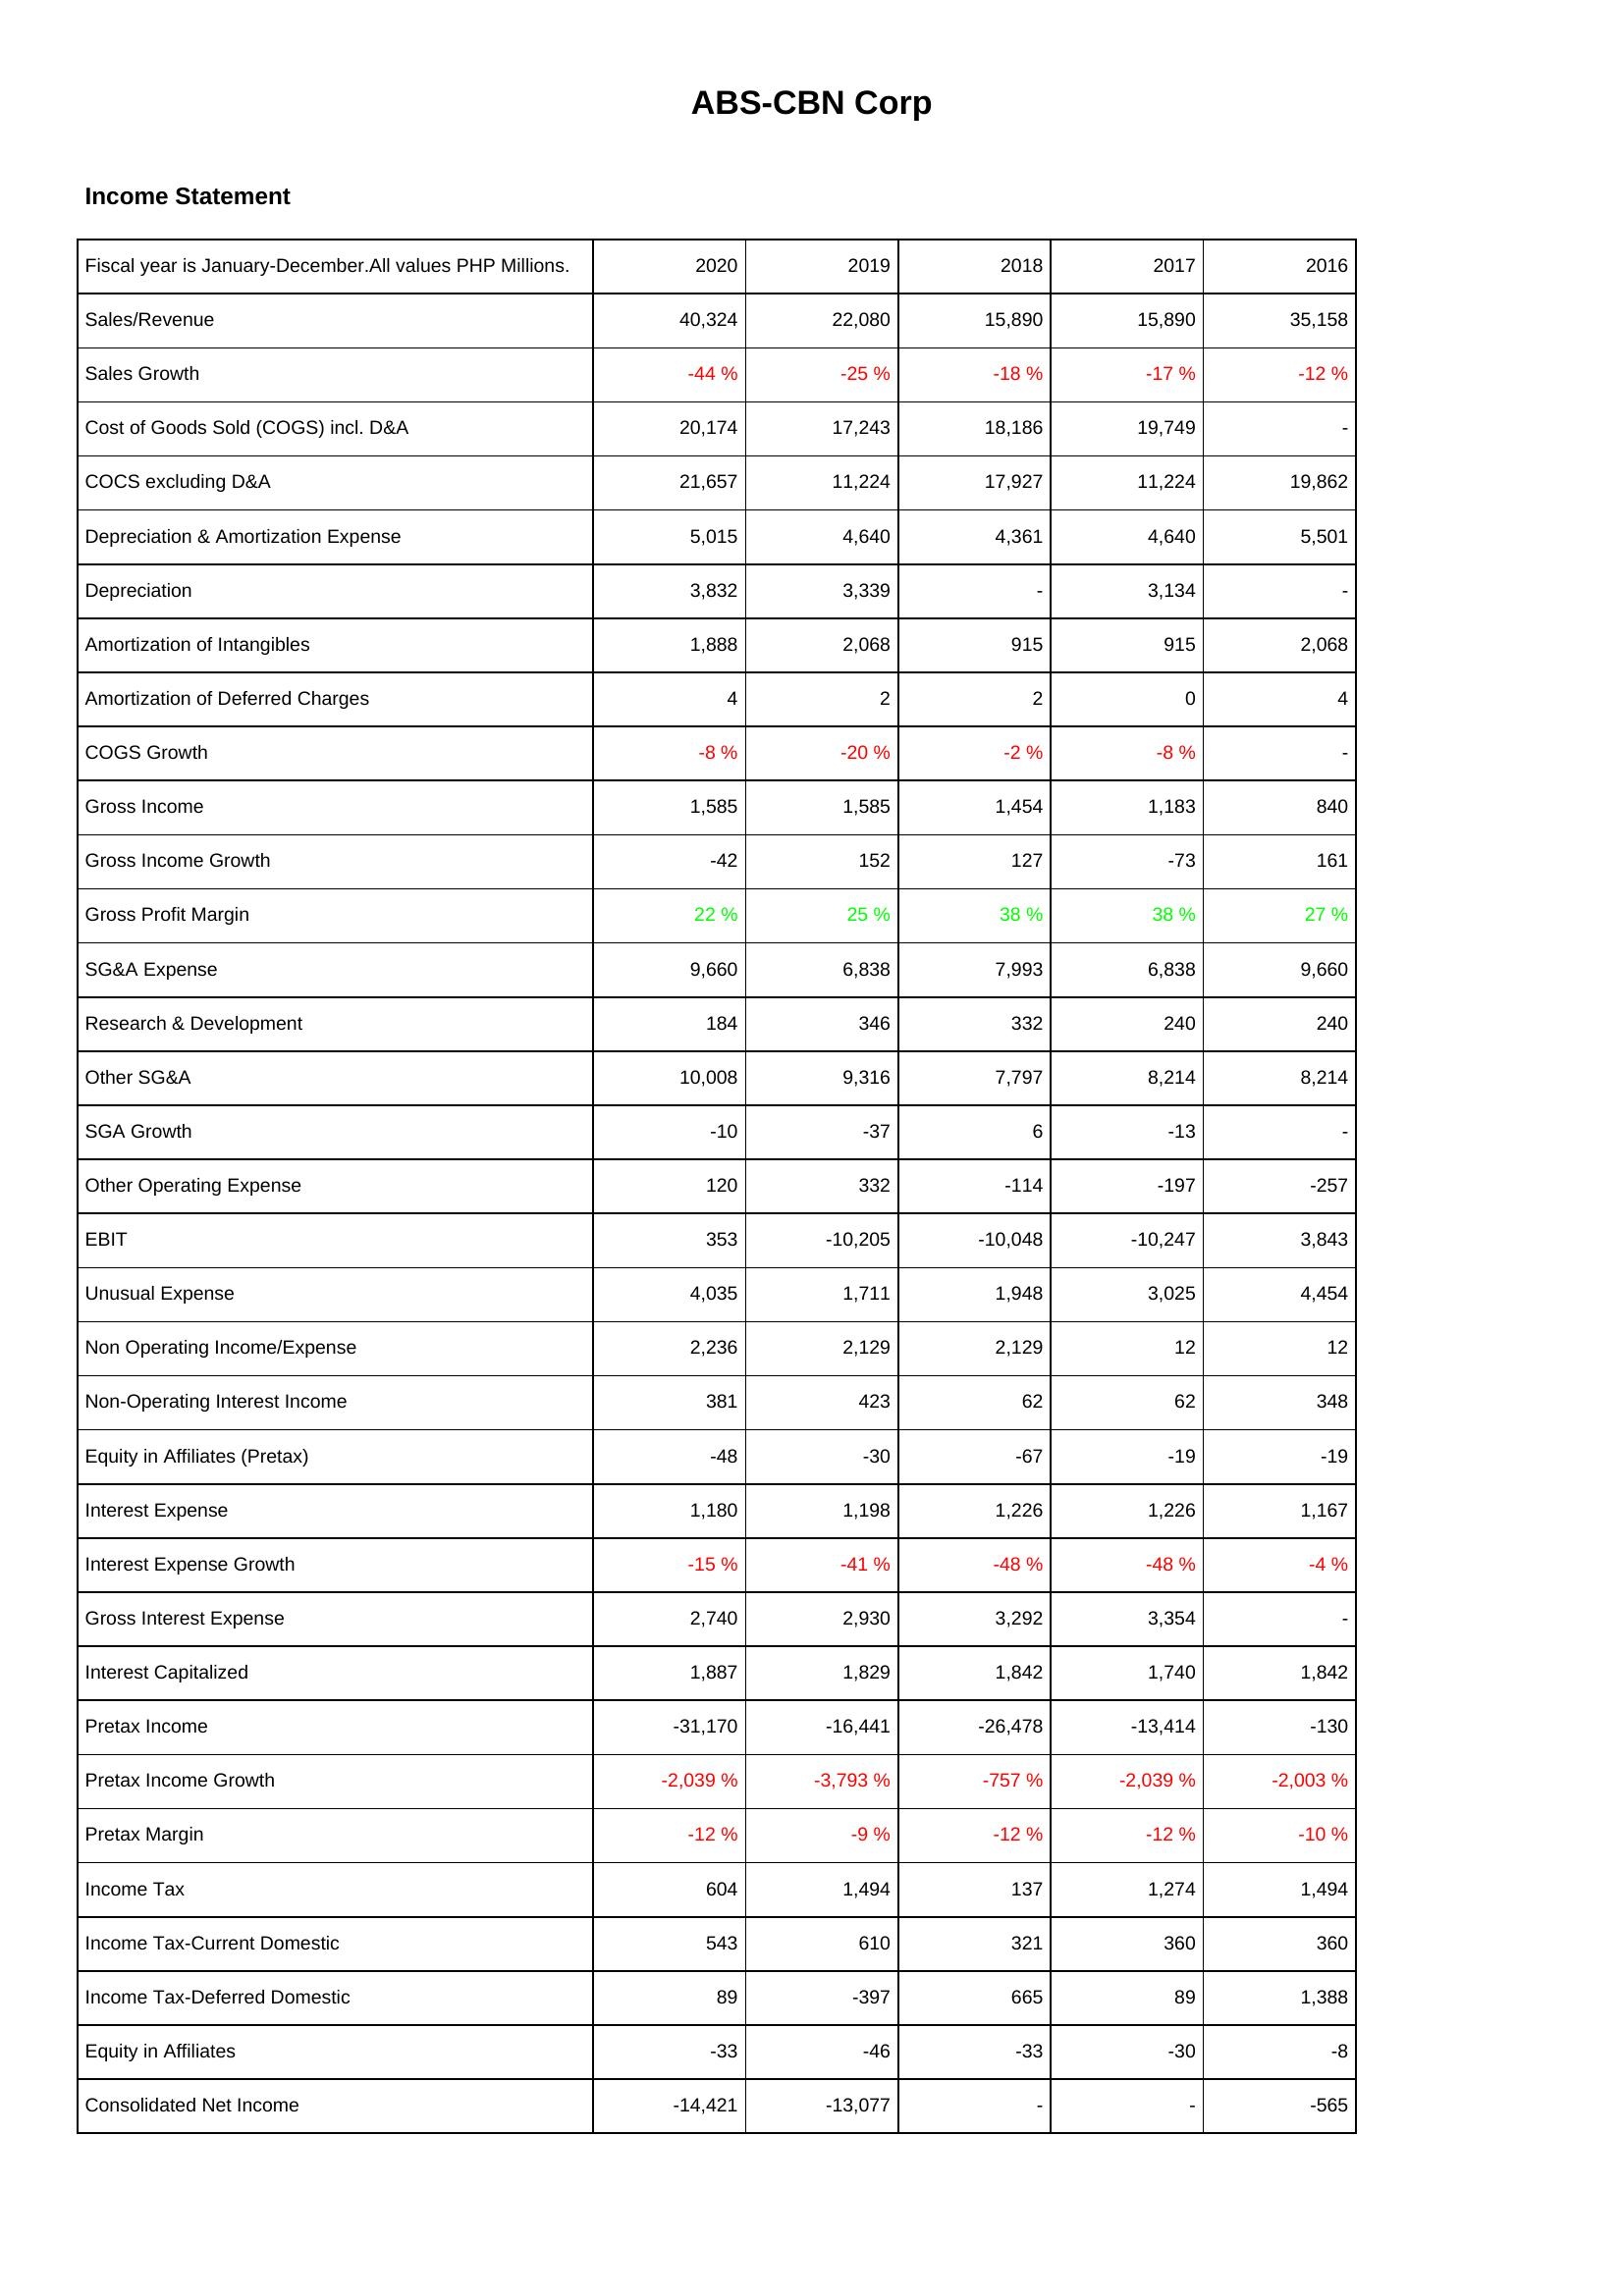
2020: Income Statement: Sales/Revenue: 40,324
Sales Growth: -44 %
Cost of Goods Sold (COGS) incl. D&A: 20,174
COCS excluding D&A: 21,657
Depreciation & Amortization Expense: 5,015
Depreciation: 3,832
Amortization of Intangibles: 1,888
Amortization of Deferred Charges: 4
COGS Growth: -8 %
Gross Income: 1,585
Gross Income Growth: -42
Gross Profit Margin: 22 %
SG&A Expense: 9,660
Research & Development: 184
Other SG&A: 10,008
SGA Growth: -10
Other Operating Expense: 120
EBIT: 353
Unusual Expense: 4,035
Non Operating Income/Expense: 2,236
Non-Operating Interest Income: 381
Equity in Affiliates (Pretax): -48
Interest Expense: 1,180
Interest Expense Growth: -15 %
Gross Interest Expense: 2,740
Interest Capitalized: 1,887
Pretax Income: -31,170
Pretax Income Growth: -2,039 %
Pretax Margin: -12 %
Income Tax: 604
Income Tax-Current Domestic: 543
Income Tax-Deferred Domestic: 89
Equity in Affiliates: -33
Consolidated Net Income: -14,421
2019: Income Statement: Sales/Revenue: 22,080
Sales Growth: -25 %
Cost of Goods Sold (COGS) incl. D&A: 17,243
COCS excluding D&A: 11,224
Depreciation & Amortization Expense: 4,640
Depreciation: 3,339
Amortization of Intangibles: 2,068
Amortization of Deferred Charges: 2
COGS Growth: -20 %
Gross Income: 1,585
Gross Income Growth: 152
Gross Profit Margin: 25 %
SG&A Expense: 6,838
Research & Development: 346
Other SG&A: 9,316
SGA Growth: -37
Other Operating Expense: 332
EBIT: -10,205
Unusual Expense: 1,711
Non Operating Income/Expense: 2,129
Non-Operating Interest Income: 423
Equity in Affiliates (Pretax): -30
Interest Expense: 1,198
Interest Expense Growth: -41 %
Gross Interest Expense: 2,930
Interest Capitalized: 1,829
Pretax Income: -16,441
Pretax Income Growth: -3,793 %
Pretax Margin: -9 %
Income Tax: 1,494
Income Tax-Current Domestic: 610
Income Tax-Deferred Domestic: -397
Equity in Affiliates: -46
Consolidated Net Income: -13,077
2018: Income Statement: Sales/Revenue: 15,890
Sales Growth: -18 %
Cost of Goods Sold (COGS) incl. D&A: 18,186
COCS excluding D&A: 17,927
Depreciation & Amortization Expense: 4,361
Depreciation: -
Amortization of Intangibles: 915
Amortization of Deferred Charges: 2
COGS Growth: -2 %
Gross Income: 1,454
Gross Income Growth: 127
Gross Profit Margin: 38 %
SG&A Expense: 7,993
Research & Development: 332
Other SG&A: 7,797
SGA Growth: 6
Other Operating Expense: -114
EBIT: -10,048
Unusual Expense: 1,948
Non Operating Income/Expense: 2,129
Non-Operating Interest Income: 62
Equity in Affiliates (Pretax): -67
Interest Expense: 1,226
Interest Expense Growth: -48 %
Gross Interest Expense: 3,292
Interest Capitalized: 1,842
Pretax Income: -26,478
Pretax Income Growth: -757 %
Pretax Margin: -12 %
Income Tax: 137
Income Tax-Current Domestic: 321
Income Tax-Deferred Domestic: 665
Equity in Affiliates: -33
Consolidated Net Income: -
2017: Income Statement: Sales/Revenue: 15,890
Sales Growth: -17 %
Cost of Goods Sold (COGS) incl. D&A: 19,749
COCS excluding D&A: 11,224
Depreciation & Amortization Expense: 4,640
Depreciation: 3,134
Amortization of Intangibles: 915
Amortization of Deferred Charges: 0
COGS Growth: -8 %
Gross Income: 1,183
Gross Income Growth: -73
Gross Profit Margin: 38 %
SG&A Expense: 6,838
Research & Development: 240
Other SG&A: 8,214
SGA Growth: -13
Other Operating Expense: -197
EBIT: -10,247
Unusual Expense: 3,025
Non Operating Income/Expense: 12
Non-Operating Interest Income: 62
Equity in Affiliates (Pretax): -19
Interest Expense: 1,226
Interest Expense Growth: -48 %
Gross Interest Expense: 3,354
Interest Capitalized: 1,740
Pretax Income: -13,414
Pretax Income Growth: -2,039 %
Pretax Margin: -12 %
Income Tax: 1,274
Income Tax-Current Domestic: 360
Income Tax-Deferred Domestic: 89
Equity in Affiliates: -30
Consolidated Net Income: -
2016: Income Statement: Sales/Revenue: 35,158
Sales Growth: -12 %
Cost of Goods Sold (COGS) incl. D&A: -
COCS excluding D&A: 19,862
Depreciation & Amortization Expense: 5,501
Depreciation: -
Amortization of Intangibles: 2,068
Amortization of Deferred Charges: 4
COGS Growth: -
Gross Income: 840
Gross Income Growth: 161
Gross Profit Margin: 27 %
SG&A Expense: 9,660
Research & Development: 240
Other SG&A: 8,214
SGA Growth: -
Other Operating Expense: -257
EBIT: 3,843
Unusual Expense: 4,454
Non Operating Income/Expense: 12
Non-Operating Interest Income: 348
Equity in Affiliates (Pretax): -19
Interest Expense: 1,167
Interest Expense Growth: -4 %
Gross Interest Expense: -
Interest Capitalized: 1,842
Pretax Income: -130
Pretax Income Growth: -2,003 %
Pretax Margin: -10 %
Income Tax: 1,494
Income Tax-Current Domestic: 360
Income Tax-Deferred Domestic: 1,388
Equity in Affiliates: -8
Consolidated Net Income: -565